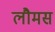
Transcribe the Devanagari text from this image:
लौमस